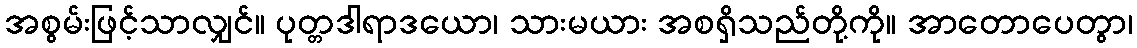
အစွမ်းဖြင့်သာလျှင်။ ပုတ္တဒါရာဒယော၊ သားမယား အစရှိသည်တို့ကို။ အာတောပေတွာ၊